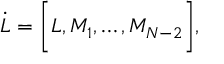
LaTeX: \dot { L } = \biggl \lbrack L , M _ { 1 } , \dots , M _ { N - 2 } \biggl \rbrack ,